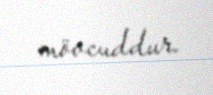
mövcuddur.